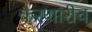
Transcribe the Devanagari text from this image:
करणारीच